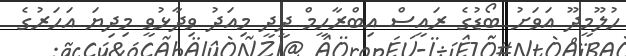
ހުލޫމީދޫ އަވަށު ބޯޑުގެ ރައީސް އިބްރާހީމް ދީދީ މިއަދު ވިދާޅުވީ މިދިޔަ އަހަރުގެ